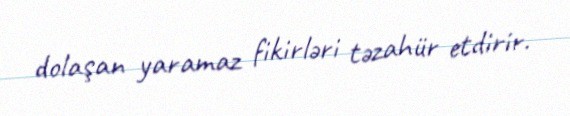
dolaşan yaramaz fikirləri təzahür etdirir.